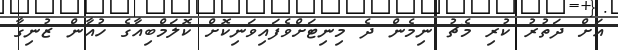
އަށް ދަތުރު ކުރި މެޗު ނިމެން ދެ މިނިޓަށްވެފައިވަނިކޮށް ކޮލަމްބިއާގެ ހުއާން ޒުނިގާ